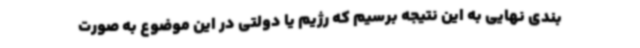
بندی نهایی به این نتیجه برسیم که رژیم یا دولتی در این موضوع به صورت